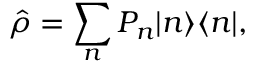
\hat { \rho } = \sum _ { n } P _ { n } | n \rangle \langle n | ,